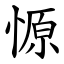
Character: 㥳